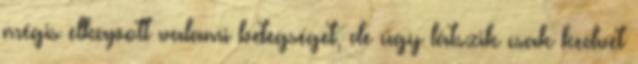
mégis elkapott valami betegséget, de úgy látszik csak kedvet